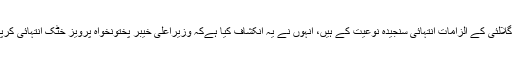
عائشہ گلالئی کے الزامات انتہائی سنجیدہ نوعیت کے ہیں، انہوں نے یہ انکشاف کیا ہےکہ وزیراعلیٰ خیبر پختونخواہ پرویز خٹک انتہائی کرپٹ ہیں۔